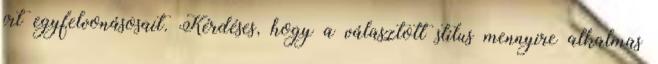
írt egyfelvonásosait. Kérdéses, hogy a választott stílus mennyire alkalmas